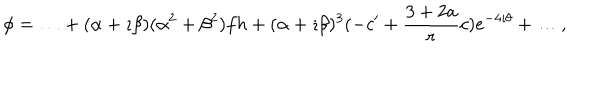
\phi = \ldots + ( \alpha + \imath \beta ) ( \alpha ^ { 2 } + \beta ^ { 2 } ) f h + ( \alpha + \imath \beta ) ^ { 3 } ( - c ^ { \prime } + \frac { 3 + 2 a } { r } c ) e ^ { - 4 \imath \theta } + \ldots ,